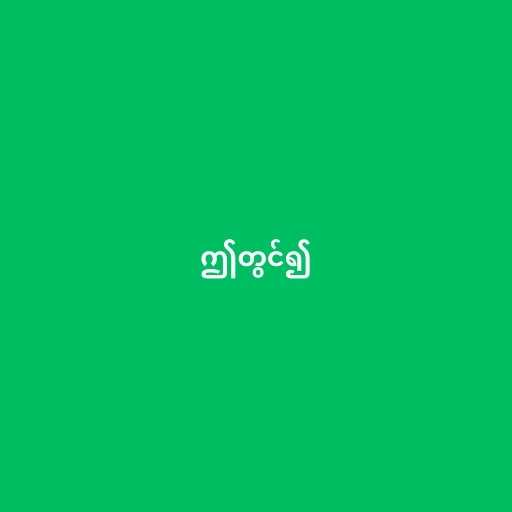
ဤတွင်၍